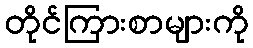
တိုင်ကြားစာများကို